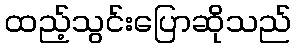
ထည့်သွင်းပြောဆိုသည်